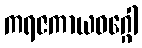
ကရဇကာယဝဂ္ဂေါ